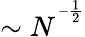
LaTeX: \sim N^{^{-\frac{1}{2}}}